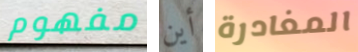
مفهوم أين المغادرة